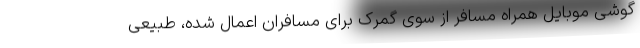
گوشی موبایل همراه مسافر از سوی گمرک برای مسافران اعمال شده، طبیعی